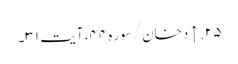
۲۵. ↑ دخان/سوره۴۴، آیت ۳۱۔